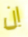
ان